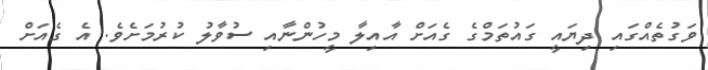
ވަގުތެއްގައި ދިޔައީ ގައުތަމްގެ ގެއަށް އާއިލާ މީހުންނާއި ސުވާލު ކުރުމަށެވެ. އެ ގެއަށް